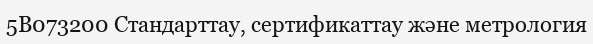
5В073200 Стандарттау, сертификаттау және метрология